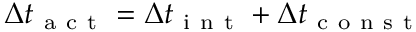
\Delta t _ { \mathrm { ~ a ~ c ~ t ~ } } = \Delta t _ { \mathrm { ~ i ~ n ~ t ~ } } + \Delta t _ { \mathrm { ~ c ~ o ~ n ~ s ~ t ~ } }